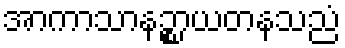
အာကာသာနဉ္စာယတနသညံ